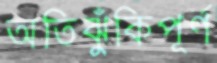
অতিঝুঁকিপূর্ণ